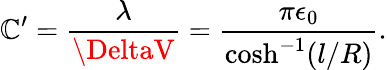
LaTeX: \mathbb{C}^{\prime}=\frac{{\lambda}}{{\DeltaV}}=\frac{{\pi\epsilon_{0}}}{{\cosh^{-1}({l}/{R})}}.